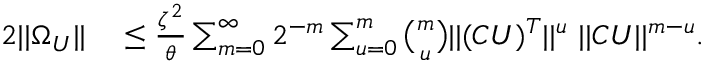
\begin{array} { r l } { 2 | | \Omega _ { U } | | } & { { } \leq \frac { \zeta ^ { 2 } } { \theta } \sum _ { m = 0 } ^ { \infty } { 2 ^ { - m } \sum _ { u = 0 } ^ { m } { \binom { m } { u } | | ( C U ) ^ { T } | | ^ { u } \ | | C U | | ^ { m - u } } } . } \end{array}